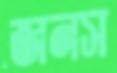
জনস